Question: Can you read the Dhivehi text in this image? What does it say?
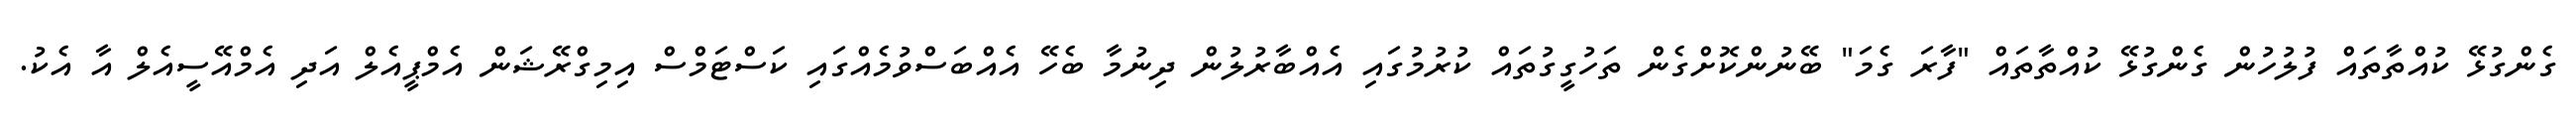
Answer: ގެންގުޅޭ ކުއްތާތައް ފުލުހުން ގެންގުޅޭ ކުއްތާތައް "ފާރަ ގެމަ" ބޭނުންކޮށްގެން ތަހުގީގުތައް ކުރުމުގައި އެއްބާރުލުން ދިނުމާ ބެހޭ އެއްބަސްވުމެއްގައި ކަސްޓަމްސް އިމިގްރޭޝަން އެމްޕީއެލް އަދި އެމްއޭސީއެލް އާ އެކު.